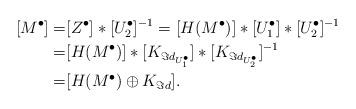
LaTeX: \begin{align*}[M^\bullet]=&[Z^\bullet]*[U_2^\bullet]^{-1}=[H(M^\bullet)]* [ U_1^\bullet]*[U_2^\bullet]^{-1}\\=&[H(M^\bullet)]*[ K_{\Im d_{U_1^\bullet}}]*[K_{\Im d_{U_2^\bullet}}]^{-1}\\=&[H(M^\bullet)\oplus K_{\Im d}].\end{align*}